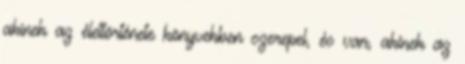
akinek az élettörténete könyvekben szerepel, és van, akinek az